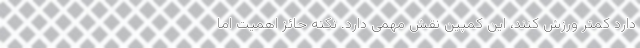
دارد کمتر ورزش کنند، این کمپین نقش مهمی دارد. نکته‌ حائز اهمیت اما